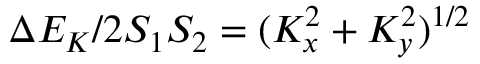
\Delta E _ { K } / 2 S _ { 1 } S _ { 2 } = ( K _ { x } ^ { 2 } + K _ { y } ^ { 2 } ) ^ { 1 / 2 }